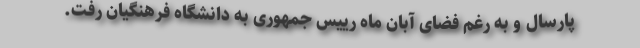
پارسال و به رغم فضای آبان ماه رییس جمهوری به دانشگاه فرهنگیان رفت.